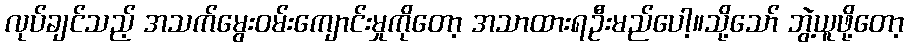
လုပ်ချင်သည့် အသက်မွေးဝမ်းကျောင်းမှုကိုတော့ အသာထားရဦးမည်ပေါ့။သို့သော် ဘွဲ့ယူဖို့တော့